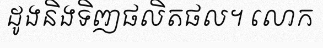
ដូងនិងទិញផលិតផល។ លោក